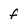
Character: f